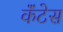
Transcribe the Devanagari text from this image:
कॅंटेस